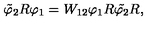
\tilde { \varphi } _ { 2 } R \varphi _ { 1 } = W _ { 1 2 } \varphi _ { 1 } R \tilde { \varphi _ { 2 } } R ,